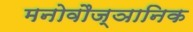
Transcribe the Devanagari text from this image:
मनोवौज्ञानिक